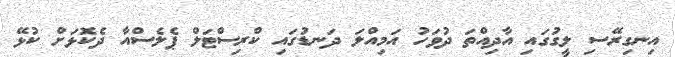
އިނގިރޭސި ލީގުގައި އާދިއްތަ ދުވަހު އަމިއްލަ ދަނޑުގައި ކްރިސްޓަލް ޕެލެސްއާ ދެކޮޅަށް ކުޅޭ